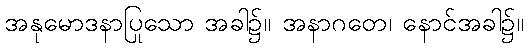
အနုမောဒနာပြုသော အခါ၌။ အနာဂတေ၊ နောင်အခါ၌။